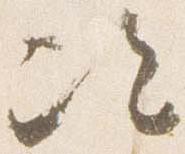
次